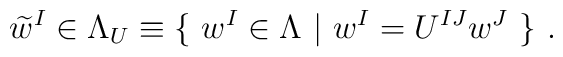
\widetilde{w}^I \in \Lambda_U \equiv \{\ w^I \in \Lambda\ |\ w^I= U^{IJ}w^J\ \}\ .